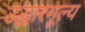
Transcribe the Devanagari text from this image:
उद्धारमूल्य